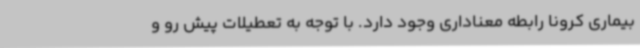
بیماری کرونا رابطه معناداری وجود دارد. با توجه به تعطیلات پیش رو و